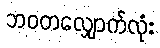
ဘဝတလျှောက်လုံး